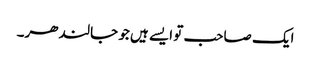
ایک صاحب تو ایسے ہیں جو جالندھر۔